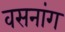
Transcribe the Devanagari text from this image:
वसनांग